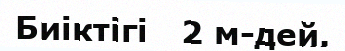
Биіктігі   2 м-дей.